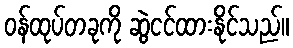
ဝန်ထုပ်တခုကို ဆွဲငင်ထားနိုင်သည်။